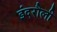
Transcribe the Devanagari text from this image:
इंदरौली